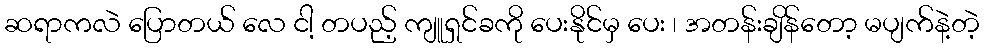
ဆရာကလဲ ပြောတယ် လေ ငါ့ တပည့် ကျူရှင်ခကို ပေးနိုင်မှ ပေး ၊ အတန်းချိန်တော့ မပျက်နဲ့တဲ့